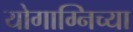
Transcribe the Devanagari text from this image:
योगाग्निच्या